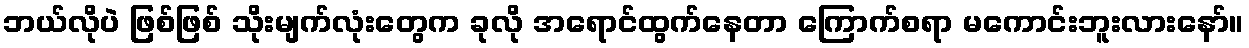
ဘယ်လိုပဲ ဖြစ်ဖြစ် သိုးမျက်လုံးတွေက ခုလို အရောင်ထွက်နေတာ ကြောက်စရာ မကောင်းဘူးလားနော်။